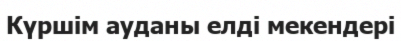
Күршім ауданы елді мекендері